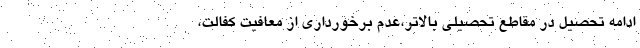
ادامه تحصیل در مقاطع تحصیلی بالاتر،عدم برخورداری از معافیت کفالت،